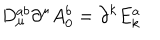
D _ { \mu } ^ { a b } \partial ^ { \mu } A _ { 0 } ^ { b } = \partial ^ { k } E _ { k } ^ { a }